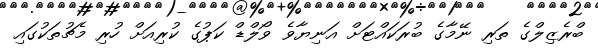
ބްރެޒިލްގެ ތަރި ނޭމާގެ ބުރަކައްޓަށް އަނިޔާވެ ވޯލްޑް ކަޕުގެ ކުރިއަށް ހުރި މެޗުތަކުގައި